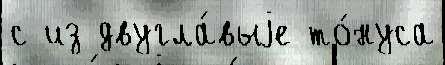
с из двугла́выjе то́нуса